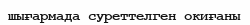
шығармада суреттелген окиғаны